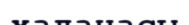
халанасы